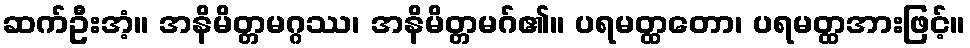
ဆက်ဦးအံ့။ အနိမိတ္တမဂ္ဂဿ၊ အနိမိတ္တမဂ်၏။ ပရမတ္ထတော၊ ပရမတ္ထအားဖြင့်။